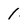
Character: 1